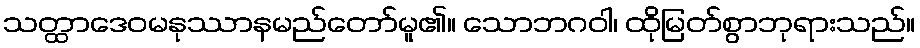
သတ္ထာဒေဝမနုဿာနမည်တော်မူ၏။ သောဘဂဝါ၊ ထိုမြတ်စွာဘုရားသည်။